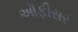
ઑફીસર